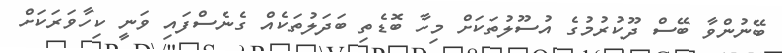
ބޭނުންވާ ބޭސް ދޫކުރުމުގެ އުސޫލުތަކަށް މިހާ ބޮޑެތި ބަދަލުތަކެއް ގެނެސްފައި ވަނީ ކިހާވަރަކަށް